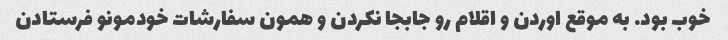
خوب بود. به موقع اوردن و اقلام رو جابجا نکردن و همون سفارشات خودمونو فرستادن